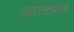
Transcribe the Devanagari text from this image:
आल्टमन